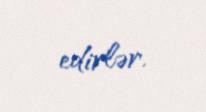
edirlər.